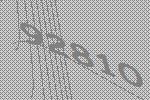
92810